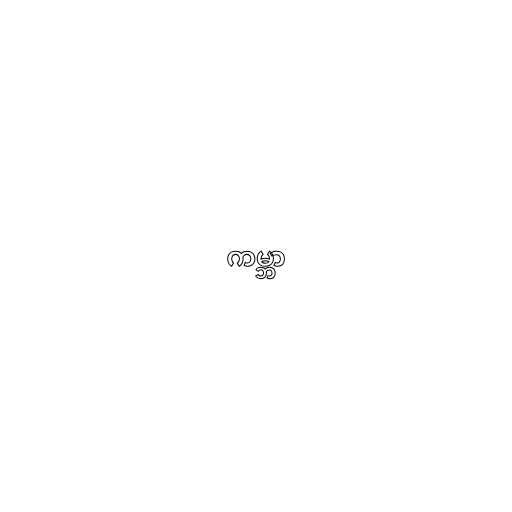
ကမ္ဘာ